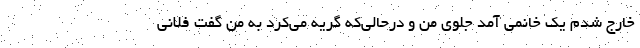
خارج شدم یک خانمی آمد جلوی من و درحالی‌که گریه می‌کرد به من گفت فلانی